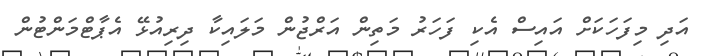
އަދި މިފަހަކަށް އައިސް އެކި ފަހަރު މަތިން އަރްޖުން މަލައިކާ ދިރިއުޅޭ އެޕާޓްމަންޓުން